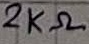
Text: 2KΩ